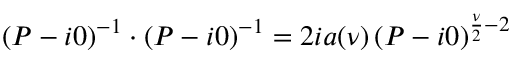
\left( P - i 0 \right) ^ { - 1 } \cdot \left( P - i 0 \right) ^ { - 1 } = 2 i a ( \nu ) \left( P - i 0 \right) ^ { \frac { \nu } { 2 } - 2 }